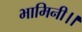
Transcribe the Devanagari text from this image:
भामिनी।।